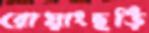
রোয়াংছড়ি